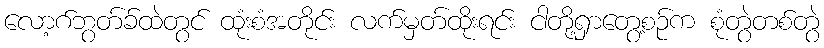
လော့ဂ်ဘွတ်ခ်ထဲတွင် ထုံးစံအတိုင်း လက်မှတ်ထိုးရင်း ငါတို့ရှာတွေ့စဉ်က စုံတွဲတစ်တွဲ